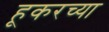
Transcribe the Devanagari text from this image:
हूकरच्या